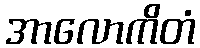
အာလောကိတံ